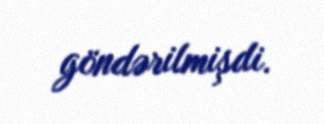
göndərilmişdi.